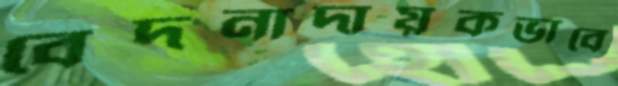
বেদনাদায়কভাবে